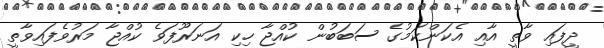
ދީފައި ވާތީ އާއި އެކަންކަމުގެ ސަބަބުން ކުއްޖާ ހިކި އަނަރޫފަވެ ކުއްޖާ މަރުވެފައިވާތީ